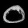
Digit: ၀